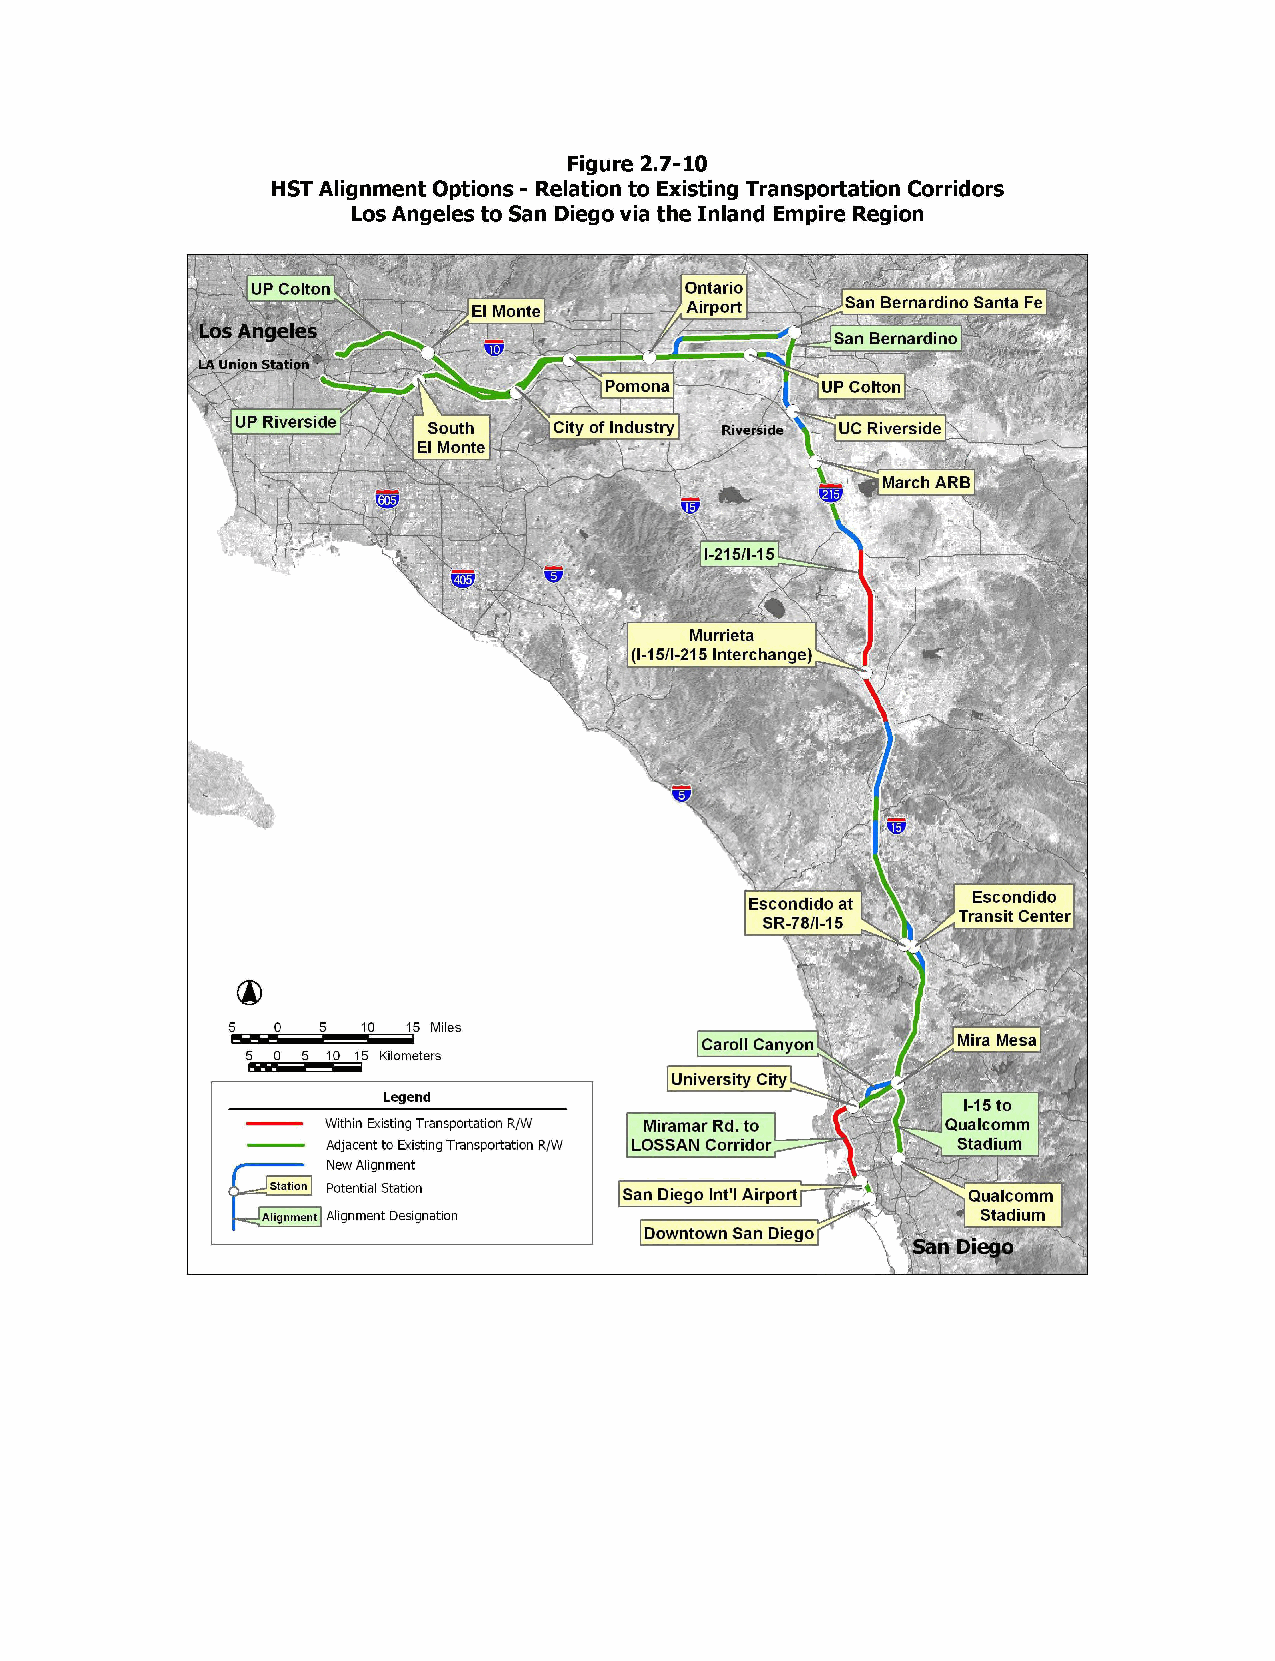
Figure 2.7-10
 HST Alignment Options - Relation to Existing Transportation Corridors
 Los Angeles to San Diego via the Inland Empire Region
 UP Colton                   Ontario
 El Monte      Airport    San Bernardino Santa Fe
 Los Angeles
 San Bernardino
 LA Union Station
 Pomona        UP Colton
 UP Riverside South   City of Industry Riverside UC Riverside
 El Monte
 March ARB
 I-215/I-15
 Murrieta
 (I-15/I-215 Interchange)
 Escondido
 Escondido at
 Transit Center
 SR-78/I-15
 5  0  5  10 15 Miles
 Caroll Canyon    Mira Mesa
 5 0 5 10 15 Kilometers
 University City
 Legend                                 I-15 to
 Within Existing Transportation R/W Miramar Rd. to Qualcomm
 Adjacent to Existing Transportation R/W LOSSAN Corridor Stadium
 New Alignment
 Station Potential Station San Diego Int'l Airport Qualcomm
 Alignment Alignment Designation                 Stadium
 Downtown San Diego
 San Diego